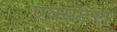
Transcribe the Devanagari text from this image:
एक्सटेल